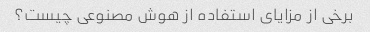
برخی از مزایای استفاده از هوش مصنوعی چیست؟